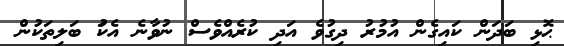
ޙޮޅި ބަދަން ކައިގެން އުމުރު ދިގުވެ އަދި ކުރެއްވެސް ނުވާނެ އެކަު ބަލިތަކުން